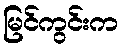
မြင်ကွင်းက